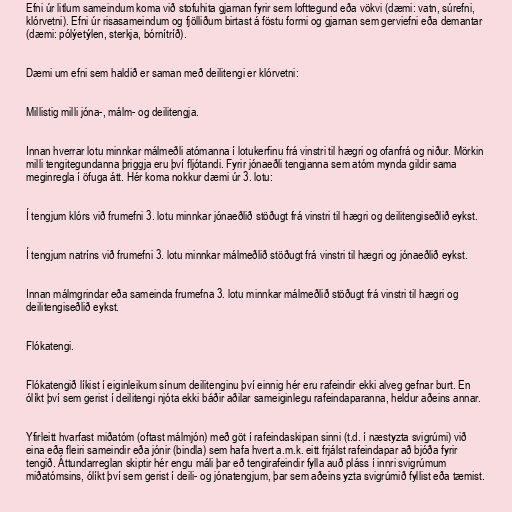
Efni úr litlum sameindum koma við stofuhita gjarnan fyrir sem lofttegund eða vökvi (dæmi: vatn, súrefni,
klórvetni). Efni úr risasameindum og fjölliðum birtast á föstu formi og gjarnan sem gerviefni eða demantar
(dæmi: pólýetýlen, sterkja, bórnítríð).

Dæmi um efni sem haldið er saman með deilitengi er klórvetni:

Millistig milli jóna-, málm- og deilitengja.

Innan hverrar lotu minnkar málmeðli atómanna í lotukerfinu frá vinstri til hægri og ofanfrá og niður. Mörkin
milli tengitegundanna þriggja eru því fljótandi. Fyrir jónaeðli tengjanna sem atóm mynda gildir sama
meginregla í öfuga átt. Hér koma nokkur dæmi úr 3. lotu:

Í tengjum klórs við frumefni 3. lotu minnkar jónaeðlið stöðugt frá vinstri til hægri og deilitengiseðlið eykst.

Í tengjum natríns við frumefni 3. lotu minnkar málmeðlið stöðugt frá vinstri til hægri og jónaeðlið eykst.

Innan málmgrindar eða sameinda frumefna 3. lotu minnkar málmeðlið stöðugt frá vinstri til hægri og
deilitengiseðlið eykst.

Flókatengi.

Flókatengið líkist í eiginleikum sínum deilitenginu því einnig hér eru rafeindir ekki alveg gefnar burt. En
ólíkt því sem gerist í deilitengi njóta ekki báðir aðilar sameiginlegu rafeindaparanna, heldur aðeins annar.

Yfirleitt hvarfast miðatóm (oftast málmjón) með göt í rafeindaskipan sinni (t.d. í næstyzta svigrúmi) við
eina eða fleiri sameindir eða jónir (bindla) sem hafa hvert a.m.k. eitt frjálst rafeindapar að bjóða fyrir
tengið. Áttundarreglan skiptir hér engu máli þar eð tengirafeindir fylla auð pláss í innri svigrúmum
miðatómsins, ólíkt því sem gerist í deili- og jónatengjum, þar sem aðeins yzta svigrúmið fyllist eða tæmist.